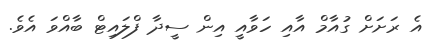
އެ ރަށަށް ގުއާމް އާއި ހަވާއީ އިން ސީދާ ފްލައިޓް ބާއްވަ އެވެ.